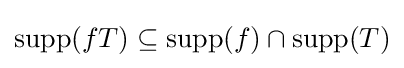
\operatorname {supp} (fT)\subseteq \operatorname {supp} (f)\cap \operatorname {supp} (T)